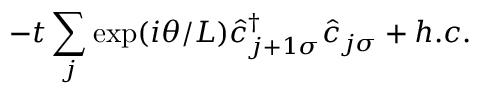
- t \sum _ { j } \exp ( i \theta / L ) \hat { c } _ { j + 1 \sigma } ^ { \dagger } \hat { c } _ { j \sigma } + h . c .